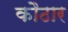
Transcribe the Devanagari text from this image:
कौठार